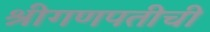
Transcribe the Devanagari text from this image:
श्रीगणपतीची